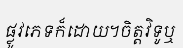
ផ្លូវភេទក៏ដោយ។ចិត្តវិទូឬ